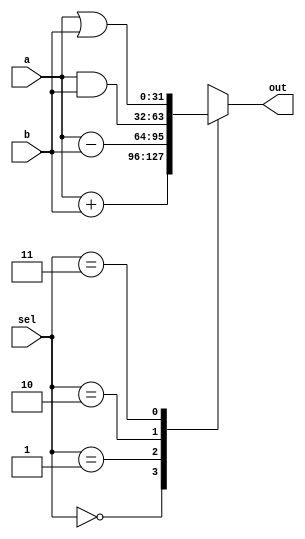
module alu(a,b,sel,out);
	input [31:0] a;
	input [31:0] b;
	input [1:0] sel;
	output reg [31:0] out;

	always @(a, b, sel)
	begin
		case(sel)
			2'b00: out <= a+b;	//	Adio
			2'b01: out <= a-b;	// Subtrao
			2'b10: out <= a&b;	// E
			2'b11: out <= a|b;	// Ou
		endcase

	end
 
endmodule